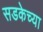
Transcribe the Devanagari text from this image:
सडकेच्या